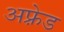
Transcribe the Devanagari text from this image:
अफ़्रेड